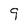
Character: 9